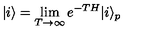
| i \rangle = \lim _ { T \rightarrow \infty } e ^ { - T H } | i \rangle _ { p }